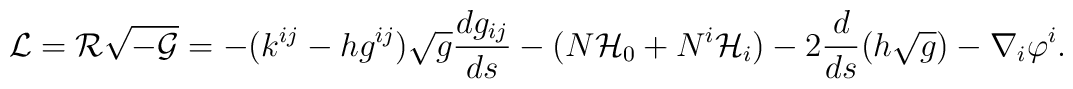
{\cal L}={\cal R}\sqrt{{\cal-G}}=   -(k^{ij}-hg^{ij})\sqrt{g}\frac{d g_{ij}}{ds}-(N {\cal H}_{0} + N^{i} {\cal H}_{i})- 2\frac{d}{ds}(h\sqrt{g})-\nabla_{i}\varphi^{i}.